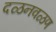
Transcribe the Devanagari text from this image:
दळनवळण